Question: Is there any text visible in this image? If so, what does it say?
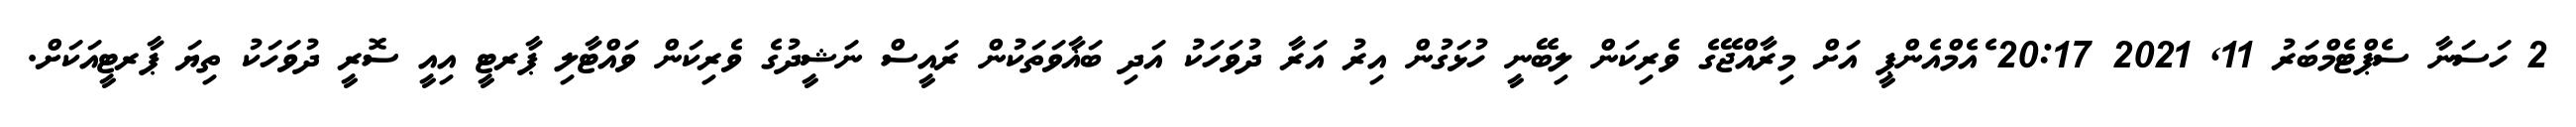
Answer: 2 ހަސަނާ ސެޕްޓެމްބަރު 11, 2021 20:17 ެއެމްއެންޕީ އަށް މިރާއްޖޭގެ ވެރިކަން ލިބޭނީ ހުޅަގުން އިރު އަރާ ދުވަހަކު އަދި ބަޣާވަތަކުން ރައީސް ނަޝީދުގެ ވެރިކަން ވައްޓާލި ޕާރޓީ އިއީ ސޮރީ ދުވަހަކު ތިޔަ ޕާރޓީއަކަށް.